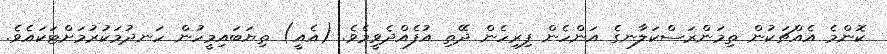
ކޮންމެ އެއްޗަކުން ތިމަންރަސްކަލާނގެ އަންހެން ފިރިހެން ދޭތި އުފެއްދެވީމެވެ. (އެއީ) ތިޔަބައިމީހުން ހަނދުމަކުރުމަށްޓަކައެވެ.